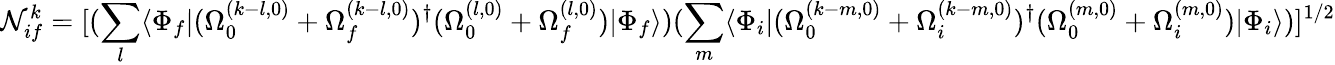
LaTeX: {\cal N}_{if}^{k}=[(\sum_{l}\langle\Phi_{f}|(\Omega_{0}^{(k-l,0)}+\Omega_{f}^{(k-l,0)})^{\dagger}(\Omega_{0}^{(l,0)}+\Omega_{f}^{(l,0)})|\Phi_{f}\rangle)(\sum_{m}\langle\Phi_{i}|(\Omega_{0}^{(k-m,0)}+\Omega_{i}^{(k-m,0)})^{\dagger}(\Omega_{0}^{(m,0)}+\Omega_{i}^{(m,0)})|\Phi_{i}\rangle)]^{1/2}